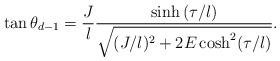
LaTeX: \begin{align*}\tan\theta_{d-1}=\frac{J}{l}\frac{\sinh{(\tau/l)}}{\sqrt{(J/l)^2+2E\cosh^2(\tau/l)}}.\end{align*}